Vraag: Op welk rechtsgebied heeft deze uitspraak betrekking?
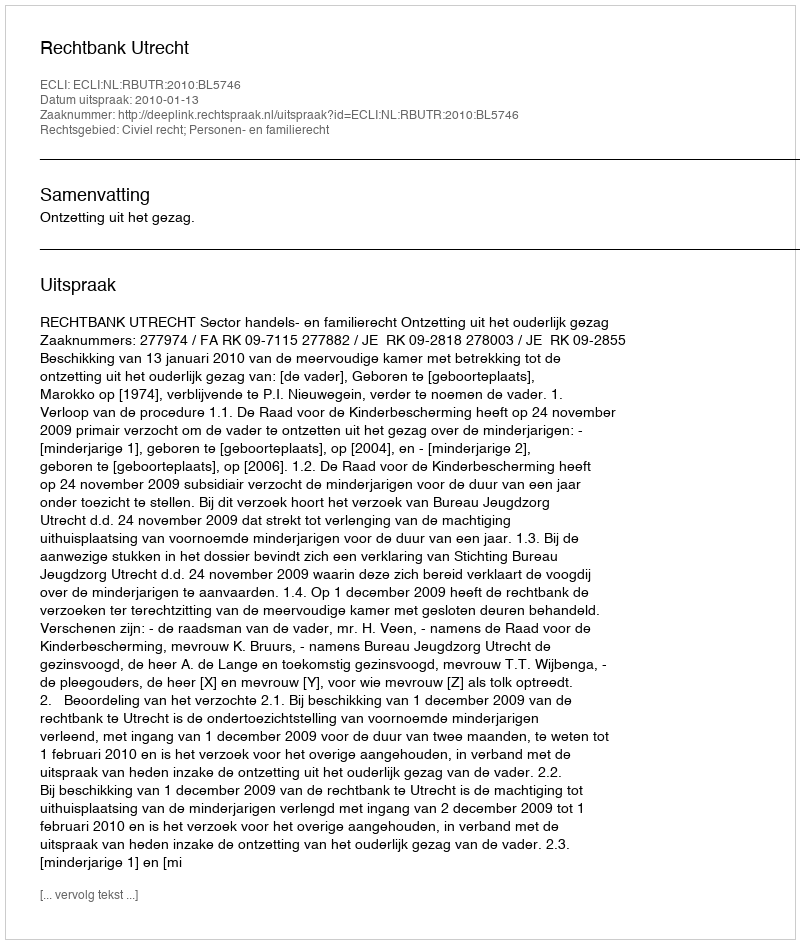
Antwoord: Civiel recht; Personen- en familierecht